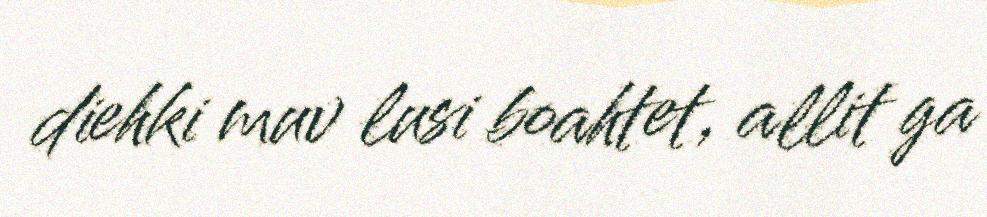
diehki muv lusi boahtet, allit ga